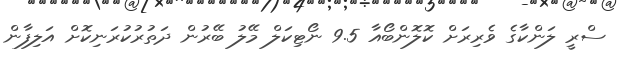
ސްރީ ލަންކާގެ ވެރިރަށް ކޮލޮންބޯއާ 9.5 ނޯޓިކަލް މޭލު ބޭރުން ދަތުރުކުރަނިކޮށް އަލިފާން